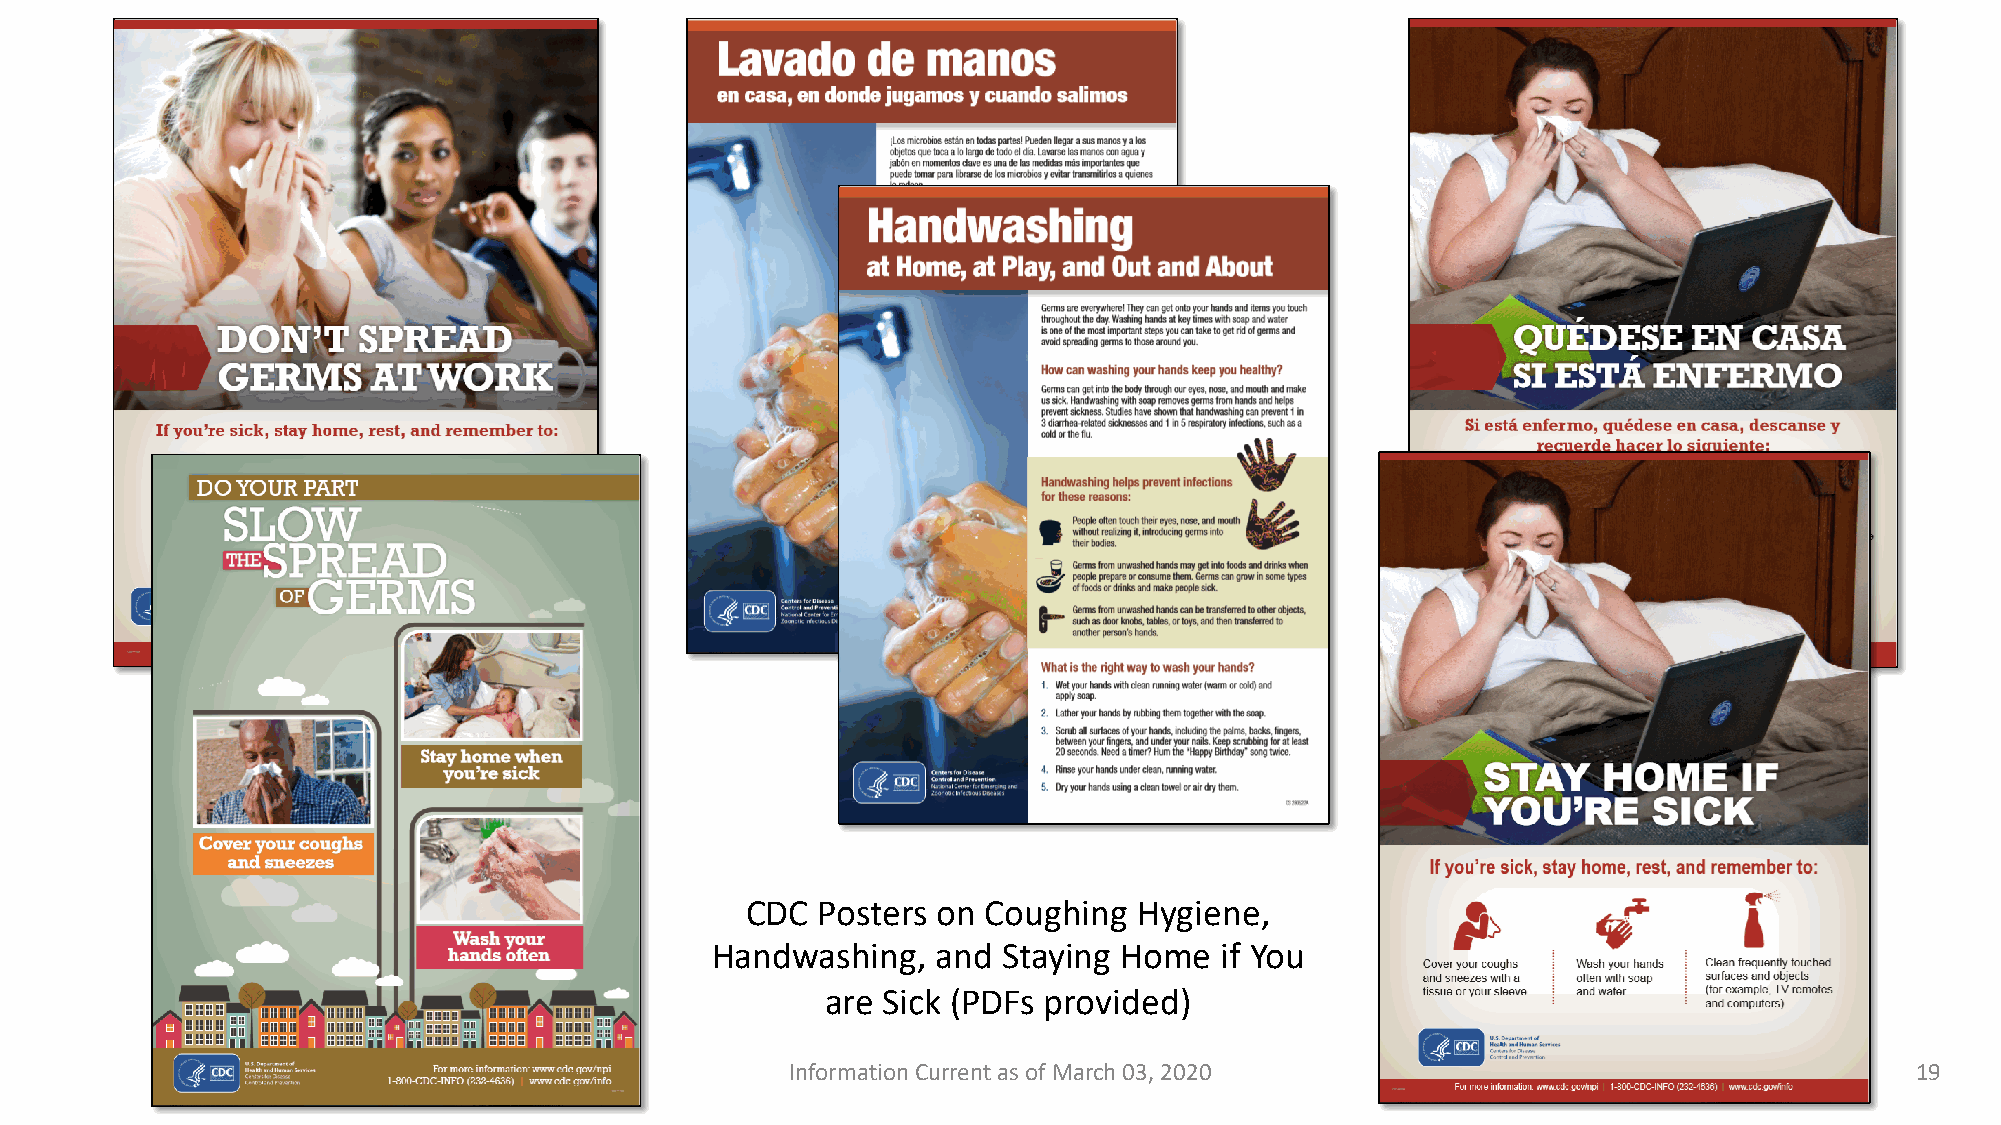
CDC  Posters on Coughing  Hygiene,
 Handwashing,   and Staying Home   if You
 are Sick (PDFs provided)
 Information Current as of March 03, 2020                                   19